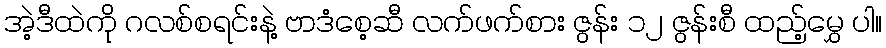
အဲ့ဒီထဲကို ဂလစ်စရင်းနဲ့ ဗာဒံစေ့ဆီ လက်ဖက်စား ဇွန်း ၁၂ ဇွန်းစီ ထည့်မွှေ ပါ။